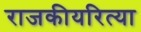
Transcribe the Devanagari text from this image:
राजकीयरित्या